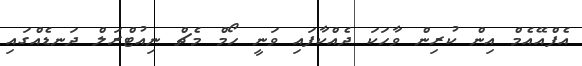
އެފްއޭއެމް އިން ކުރިން ވާހަކަ ދެއްކާފައި ވަނީ ހޯމް މެޗް ނިއުޓްރަލް ދަނޑެއްގައި